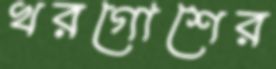
খরগোশের